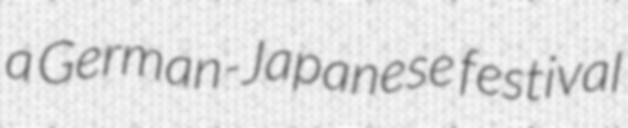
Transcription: a German-Japanese festival